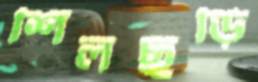
শিলছড়ি